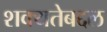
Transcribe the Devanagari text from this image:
शक्यतेबद्दल